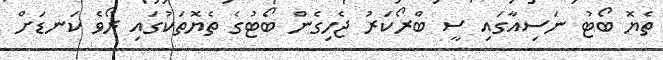
ތެޔޮ ބޯޓު ނަސިއާގައި ސީ ބްރޯކަރު ޖެހިގެން ބޯޓުގެ ތެޔޮތަކުގައި ރޯވެ ކަނޑަަށް